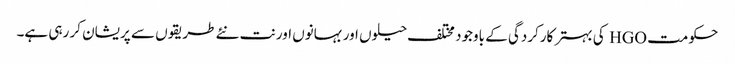
حکومت HGO کی بہتر کارکردگی کے باوجود مختلف حیلوں اور بہانوں اور نت نئے طریقوں سے پریشان کر رہی ہے۔